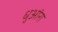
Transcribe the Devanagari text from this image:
धुआंरा